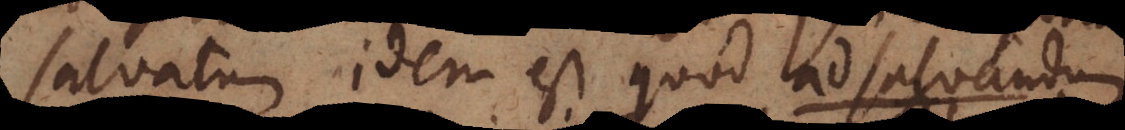
Salvatu idem est quod ad salvandum.